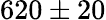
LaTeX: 620\pm 20